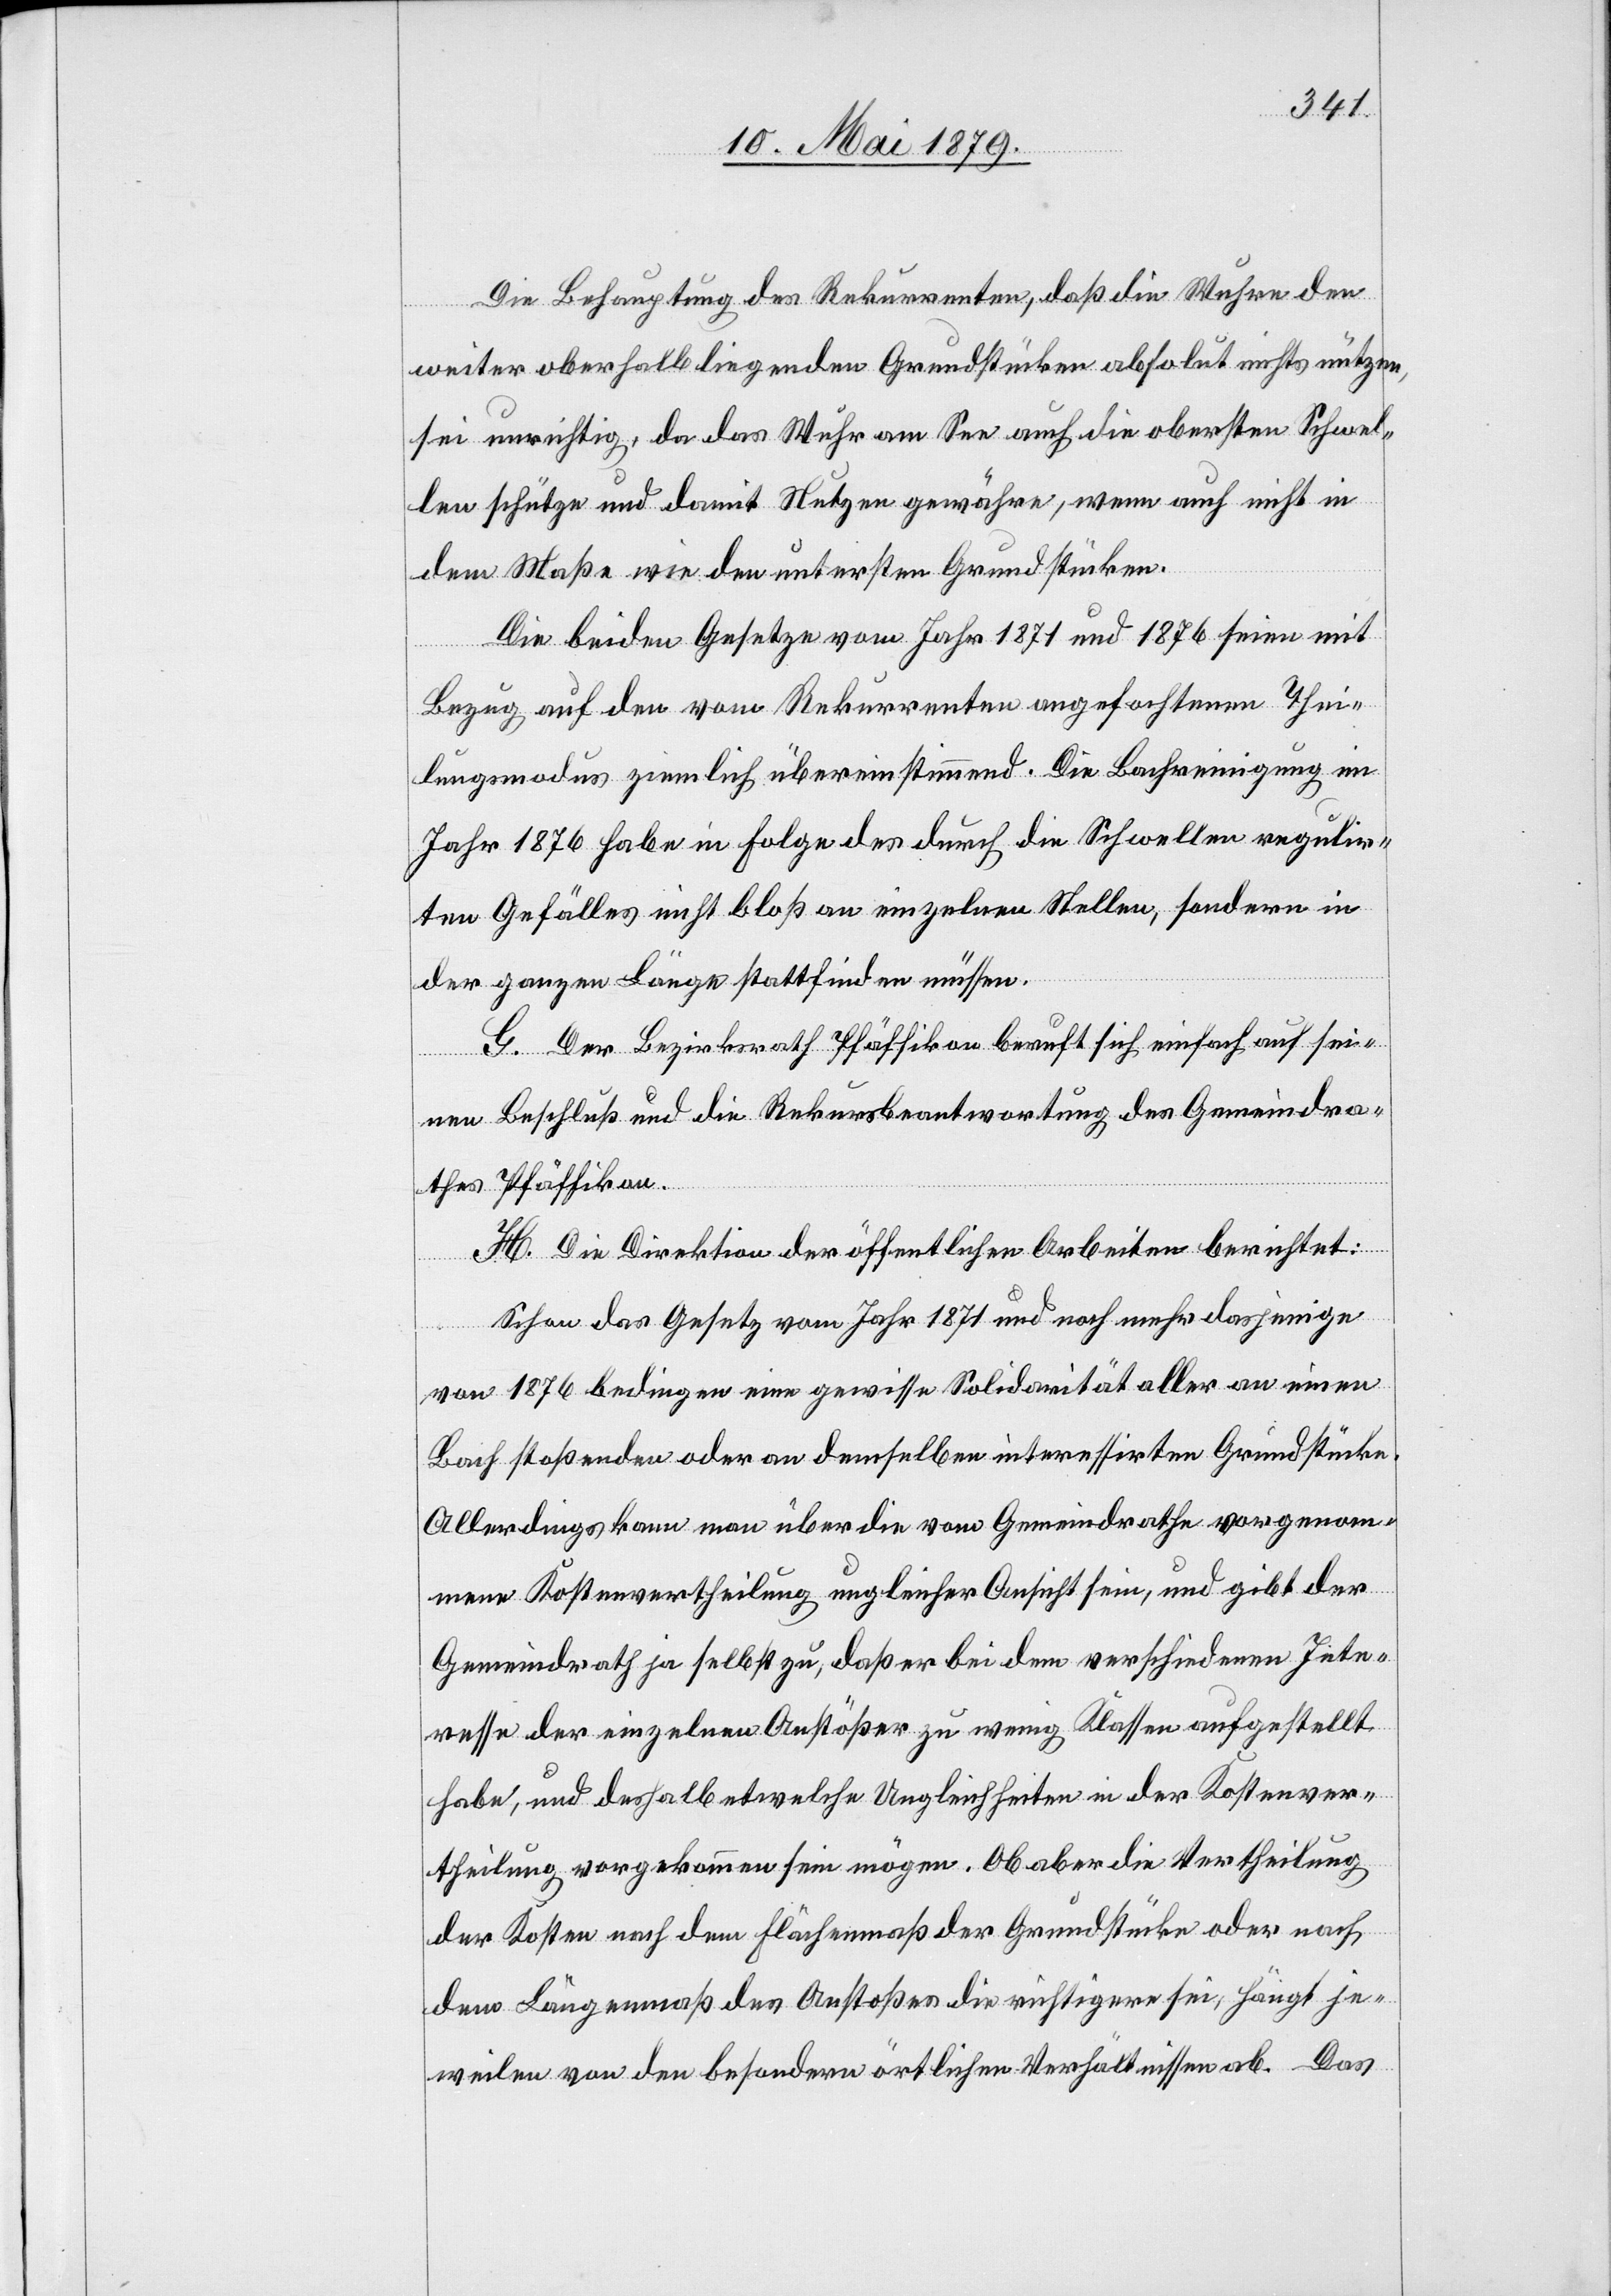
Die Behauptung des Rekurrenten, daß die Wuhre den
weiter oberhalb liegenden Grundstücken absolut nichts nützen,
sei unrichtig, da das Wuhr am See auch die obersten Schwel¬
len schütze und damit Nutzen gewähre, wenn auch nicht in
dem Maße wie den untersten Grundstücken.
Die beiden Gesetze vom Jahr 1871 und 1876 seien mit
Bezug auf den vom Rekurrenten angefochtenen Thei¬
lungsmodus ziemlich übereinstimmend. Die Bachreinigung im
Jahr 1876 habe in Folge des durch die Schwellen regulir¬
ten Gefälles nicht bloß an einzelnen Stellen, sondern in
der ganzen Länge stattfinden müssen.
G. Der Bezirksrath Pfäffikon beruft sich einfach auf sei¬
nen Beschluß und die Rekursbeantwortung des Gemeindra¬
thes Pfäffikon.
H. Die Direktion der öffentlichen Arbeiten berichtet:
je¬
Schon das Gesetz vom Jahr 1871 und noch mehr dasjenige
von 1876 bedingen eine gewisse Solidarität aller an einen
Bach stoßenden oder an demselben interessirten Grundstücke.
Allerdings kann man über die vom Gemeindrathe vorgenom¬
mene Kostenvertheilung ungleicher Ansicht sein, und gibt der
Gemeindrath ja selbst zu, daß er bei dem verschiedenen Inte¬
resse der einzelnen Anstößer zu wenig Klassen aufgestellt
habe, und deshalb etwelche Ungleichheiten in der Kostenver¬
theilung vorgekommen sein mögen. Ob aber die Vertheilung
der Kosten nach dem Flächenmaß des Anstoßes die richt¬
weilen von den besondern örtlichen Verhältnissen ab. Das